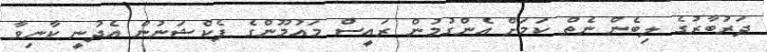
ދަރުބާރުގެ ލިބެން ނެތް ކަމަށް އެންގުމުން ރައީސް މައުމޫންގެ ފެކްޝަނުން އެދުނީ ކާނިވާ